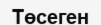
Төсеген